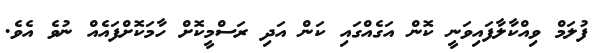
ފުލަމް ވިއްކާލާފައިވަނީ ކޮން އަގެއްގައި ކަން އަދި ރަސްމީކޮށް ހާމަކޮށްފައެއް ނުވެ އެވެ.